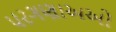
પરગણાઅઓ